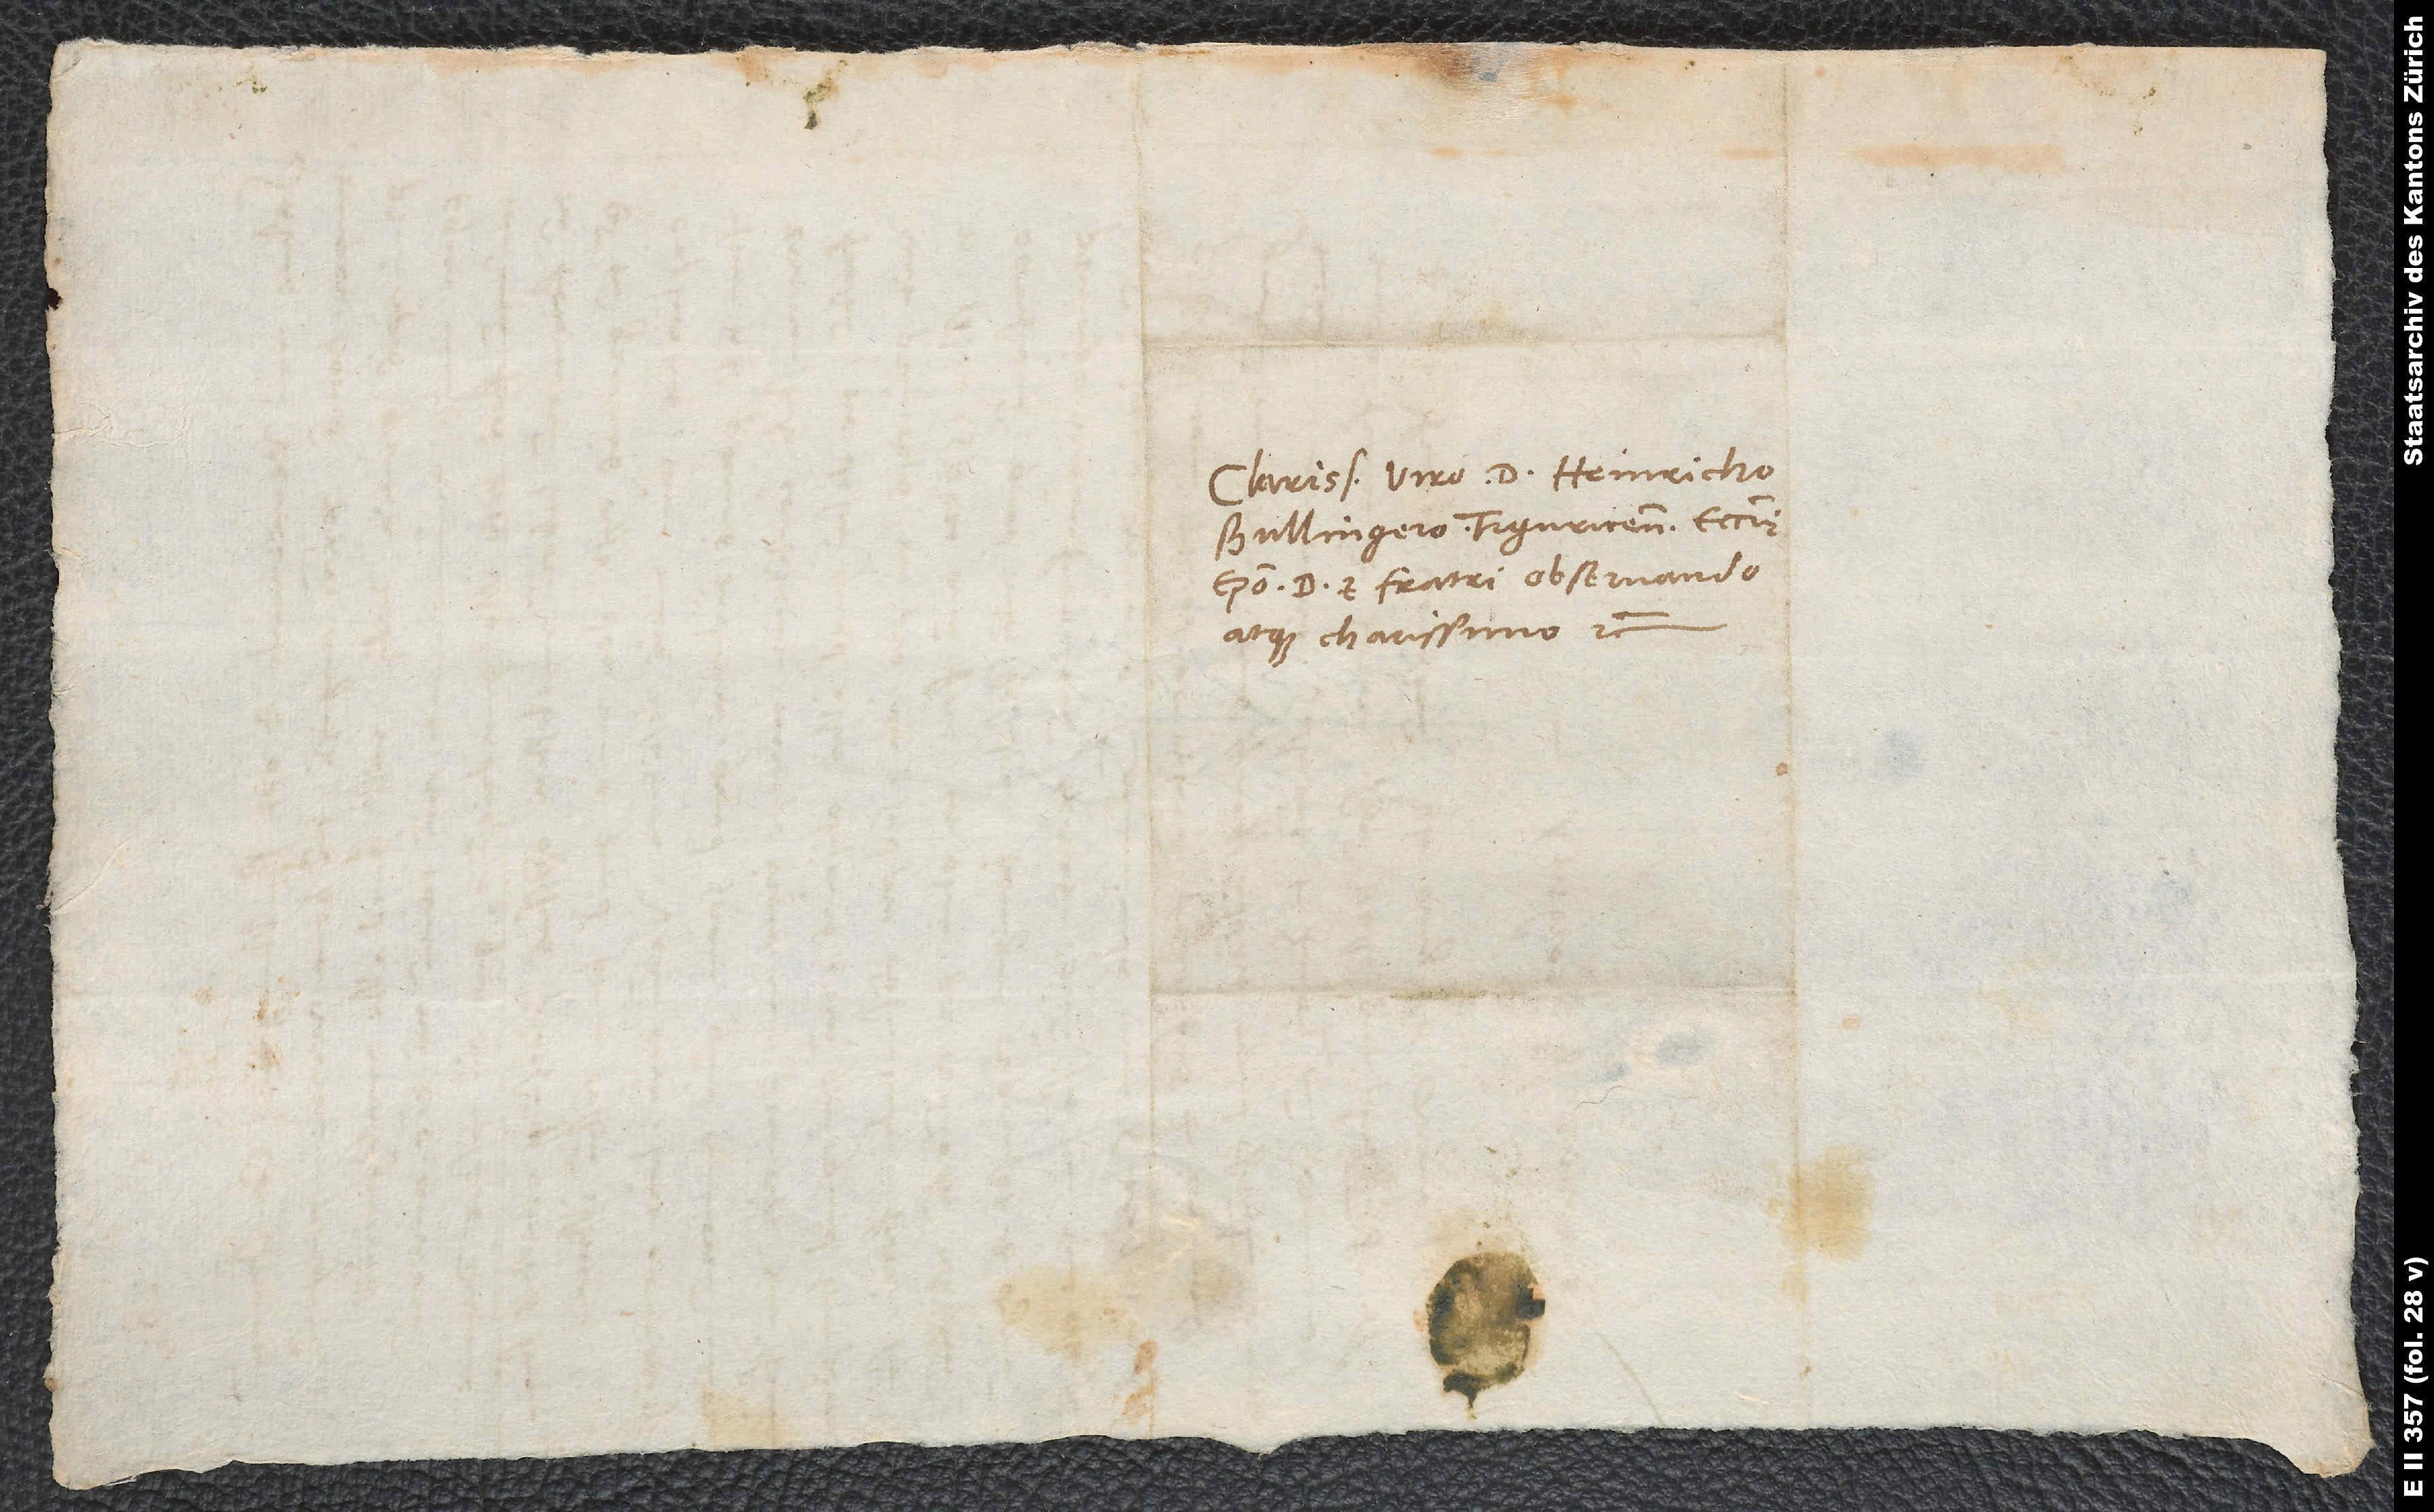
Clarissimo viro d. Heinricho
Bullingero, Tiguricensis ecclesiae
episcopo, domino et fratri observando
atque charissimo etc.